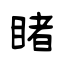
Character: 睹